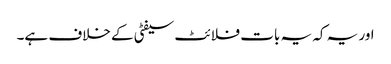
اور یہ کہ یہ بات فلائٹ سیفٹی کے خلاف ہے۔